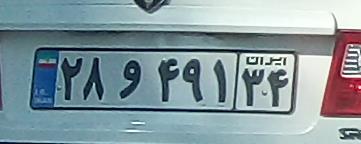
۲۸و۴۹۱۲۴